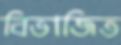
বিভাজিত